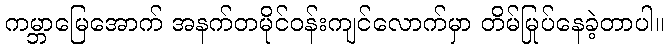
ကမ္ဘာမြေအောက် အနက်တမိုင်ဝန်းကျင်လောက်မှာ တိမ်မြုပ်နေခဲ့တာပါ။